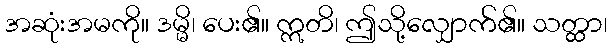
အဆုံးအမကို။ ဒမ္မိ၊ ပေး၏။ ဣတိ၊ ဤသို့လျှောက်၏။ သတ္ထာ၊